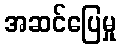
အဆင်ပြေမှု